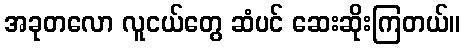
အခုတလော လူငယ်တွေ ဆံပင် ဆေးဆိုးကြတယ်။